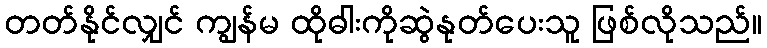
တတ်နိုင်လျှင် ကျွန်မ ထိုဓါးကိုဆွဲနုတ်ပေးသူ ဖြစ်လိုသည်။